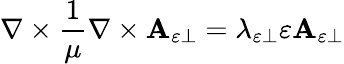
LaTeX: \nabla\times\frac{1}{\mu}\nabla\times\mathbf{A}_{\varepsilon\perp}=\lambda_{\varepsilon\perp}\varepsilon\mathbf{A}_{\varepsilon\perp}